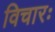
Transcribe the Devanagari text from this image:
विचारः